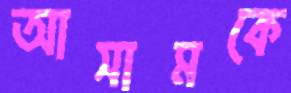
আসামকে